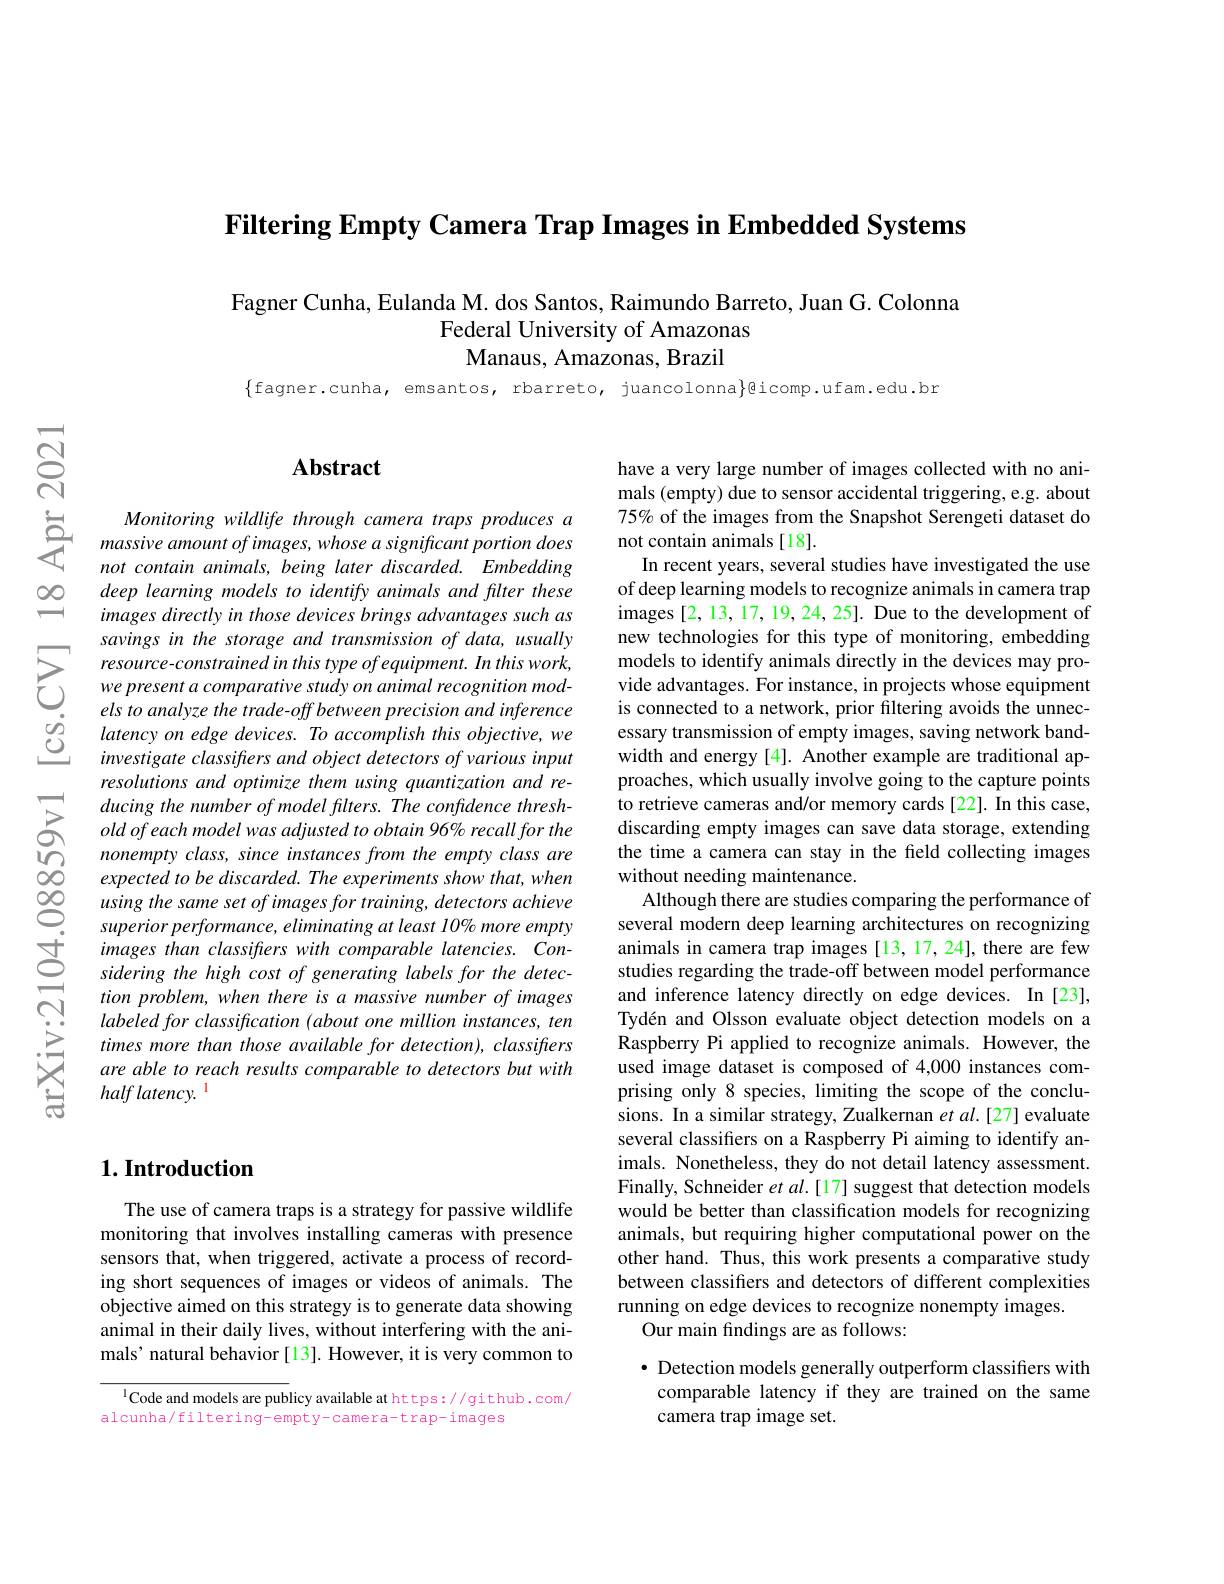
Filtering Empty Camera Trap Images in Embedded Systems

Fagner Cunha, Eulanda M. dos Santos, Raimundo Barreto, Juan G. Colonna
Federal University of Amazonas
Manaus, Amazonas, Brazil

$\{$fagner.cunha, emsantos, rbarreto, juancolonna$\}$@icomp.ufam.edu.br

$बू$

$ഇ$

## $\mathbf{Abstract}$

$\begin{array}{ccc}&Monitoring&wildlife&through&camera&traps\end{array}$
deep learning models to identify animals and flter these images directly in those devices brings advantages such as savings in the storage and transmission of data, usually
$\sum_{\begin{aligned}&resource-constrainedin~this~type~of~equipment.~In~this~work,\\&we~present~a~comparative~study~on~animal~recognition~mod-}\\&els~to~analyze~the~trade-off~between~precision~and~inference\end{aligned}$ $\begin{array}{lll}&els\:to\:analyze\:the\:trade-off\:between\:pre\end{array}$
resolutions and optimize them using quantization and reducing the number of model filters. The confidence threshold of each model was adjusted to obtain 96% recall for the nonempty class, since instances from the empty class are expected to be discarded. The experiments show that, when using the same set of images for training, detectors achieve superior performance, eliminating at least 10% more empty images than classifrers with comparable latencies. Considering the high cost of generating labels for the detection problem, when there is a massive number of images labeled for classification (about one million instances, ten times more than those available for detection), classifiers are able to reach results comparable to detectors but with half latency. 1

## $1. \textbf{Introduction}$

The use of camera traps is a strategy for passive wildlife monitoring that involves installing cameras with presence sensors that, when triggered, activate a process of recording short sequences of images or videos of animals. The objective aimed on this strategy is to generate data showing animal in their daily lives, without interfering with the animals' natural behavior [13]. However, it is very common to

l Code and models are publicy available at https://github.com/
alcunha/filtering-empty-camera-trap-images

have a very large number of images collected with no animals (empty) due to sensor accidental triggering, e.g. about 75% of the images from the Snapshot Serengeti dataset do not contain animals[18].
In recent years, several studies have investigated the use of deep learning models to recognize animals in camera trap images [2,13,17,19,24,25]. Due to the development of new technologies for this type of monitoring, embedding models to identify animals directly in the devices may provide advantages. For instance, in projects whose equipment is connected to a network, prior filtering avoids the unnecessary transmission of empty images, saving network bandwidth and energy [4]. Another example are traditional approaches, which usually involve going to the capture points to retrieve cameras and/or memory cards [22]. In this case, discarding empty images can save data storage, extending the time a camera can stay in the field collecting images without needing maintenance.
Although there are studies comparing the performance of several modern deep learning architectures on recognizing animals in camera trap images [13,17,24], there are few studies regarding the trade-off between model performance and inference latency directly on edge devices. In [23], Tydén and Olsson evaluate object detection models on a Raspberry Pi applied to recognize animals. However, the used image dataset is composed of 4,000 instances comprising only 8 species, limiting the scope of the conclusions. In a similar strategy, Zualkernan et $al.[27]$ evaluate several classifers on a Raspberry Pi aiming to identify animals. Nonetheless, they do not detail latency assessment. Finally, Schneider et al.[17] suggest that detection models would be better than classification models for recognizing animals, but requiring higher computational power on the other hand. Thus, this work presents a comparative study between classifers and detectors of different complexities running on edge devices to recognize nonempty images.
Our main findings are as follows:

$\bullet$ Detection models generally outperform classifiers with comparable latency if they are trained on the same camera trap image set.